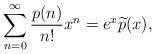
LaTeX: \begin{align*}\sum_{n=0}^{\infty} \frac{p(n)}{n!}x^n=e^x \widetilde{p}(x),\end{align*}